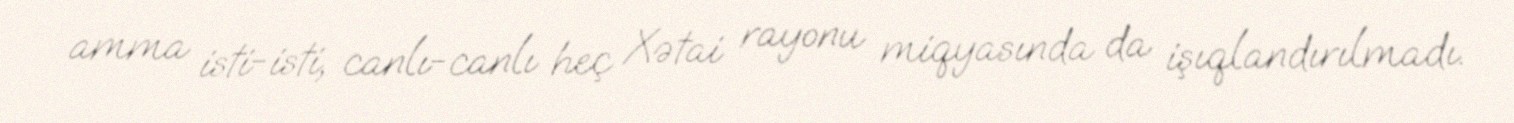
amma isti-isti, canlı-canlı heç Xətai rayonu miqyasında da işıqlandırılmadı.